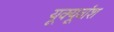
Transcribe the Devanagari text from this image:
यूक्यूवांश